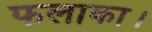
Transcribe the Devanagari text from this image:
फलाका।